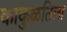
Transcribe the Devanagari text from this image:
काकुळतिला